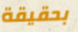
بحقيقة